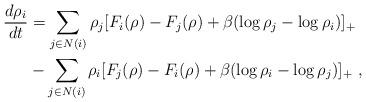
LaTeX: \begin{align*}\frac{ d\rho_i}{dt}&=\sum_{j\in N(i)} \rho_j[ F_i(\rho)- F_j(\rho)+\beta(\log\rho_j-\log\rho_i)]_+\\&-\sum_{j\in N(i)}\rho_{i}[ F_j(\rho)- F_i(\rho)+\beta(\log\rho_i-\log\rho_j)]_+ \ ,\\\end{align*}